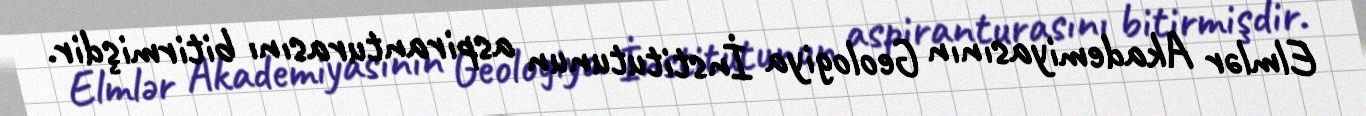
Elmlər Akademiyasının Geologiya İnstitutunun aspiranturasını bitirmişdir.